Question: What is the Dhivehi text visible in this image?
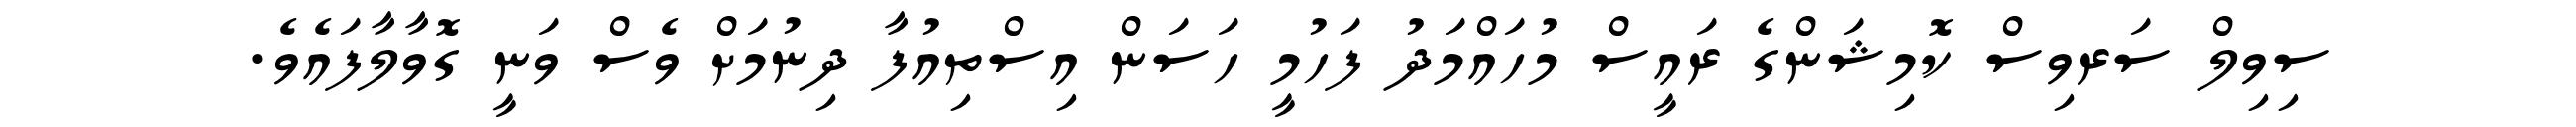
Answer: ސިވިލް ސަރވިސް ކޮމިޝަންގެ ރައީސް މުހައްމަދު ފަހުމީ ހަސަން އިސްތިއުފާ ދިނުމަށް ވެސް ވަނީ ގޮވާލާފައެވެ.